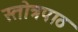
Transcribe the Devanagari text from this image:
स्तोत्रपाठ